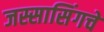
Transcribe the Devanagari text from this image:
जस्सासिंगचे